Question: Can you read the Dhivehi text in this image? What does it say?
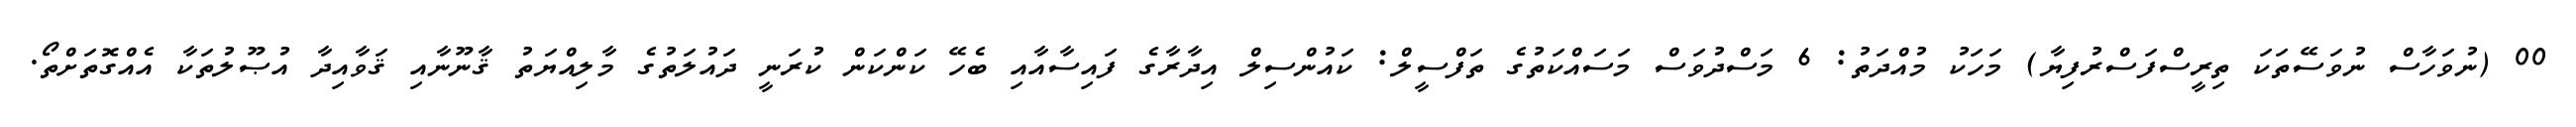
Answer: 00 (ނުވަހާސް ނުވަސޭތަކަ ތިރީސްފަސްރުފިޔާ) މަހަކު މުއްދަތު: 6 މަސްދުވަސް މަސައްކަތުގެ ތަފްސީލް: ކައުންސިލް އިދާރާގެ ފައިސާއާއި ބެހޭ ކަންކަން ކުރަނީ ދައުލަތުގެ މާލިއްޔަތު ޤާނޫނާއި ޤަވާއިދާ އުޞޫލުތަކާ އެއްގޮތަށްތޯ.